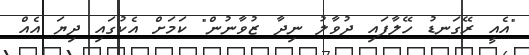
"އެއީ ރޭގަނޑު ހޭލާފައި ދުވާލު ނިދާ ޒުވާނުން" ކަމަށް އެކުގައި ދިޔަ އެއް